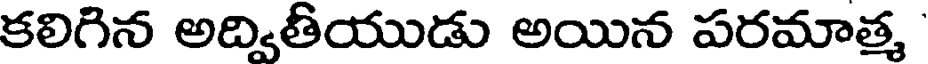
కలిగిన అద్వితీయుడు అయిన పరమాత్మ